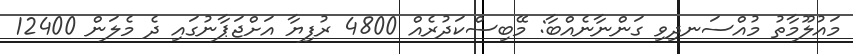
މައުލޫމާތު މުއްސަނދިވި ގަންނާނެއްބާ: މޭބިސްކަދުރެއް 4800 ރުފިޔާ އަށްޖަޕާނުގައި ދެ މެލަން 12400